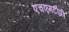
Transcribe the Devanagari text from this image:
एचएमटीपी